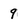
Character: 9